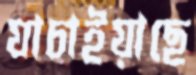
যাচাইয়াছে